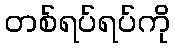
တစ်ရပ်ရပ်ကို